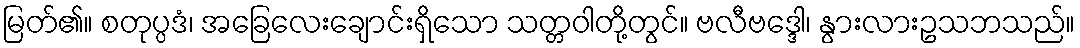
မြတ်၏။ စတုပ္ပဒံ၊ အခြေလေးချောင်းရှိသော သတ္တဝါတို့တွင်။ ဗလီဗဒ္ဒေါ၊ နွားလားဥသဘသည်။